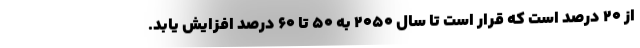
از 20 درصد است که قرار است تا سال 2050 به 50 تا 60 درصد افزایش یابد.